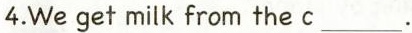
4.Weget milk from the c ___ .